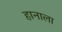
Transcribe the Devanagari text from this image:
हानाला